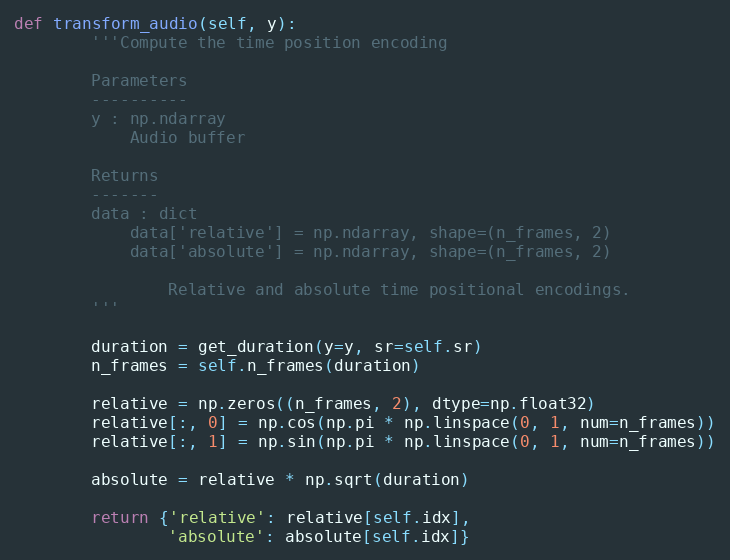
Language: Python
def transform_audio(self, y):
        '''Compute the time position encoding

        Parameters
        ----------
        y : np.ndarray
            Audio buffer

        Returns
        -------
        data : dict
            data['relative'] = np.ndarray, shape=(n_frames, 2)
            data['absolute'] = np.ndarray, shape=(n_frames, 2)

                Relative and absolute time positional encodings.
        '''

        duration = get_duration(y=y, sr=self.sr)
        n_frames = self.n_frames(duration)

        relative = np.zeros((n_frames, 2), dtype=np.float32)
        relative[:, 0] = np.cos(np.pi * np.linspace(0, 1, num=n_frames))
        relative[:, 1] = np.sin(np.pi * np.linspace(0, 1, num=n_frames))

        absolute = relative * np.sqrt(duration)

        return {'relative': relative[self.idx],
                'absolute': absolute[self.idx]}